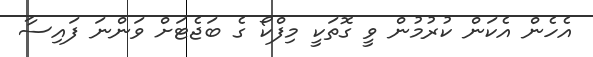
އެހެން އެކަން ކުރުމުން ވީ ގޮތަކީ މިފްކޯ ގެ ބަޖެޓަށް ވަންނަ ފައިސާ